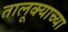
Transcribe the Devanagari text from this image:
तालूक्याच्या